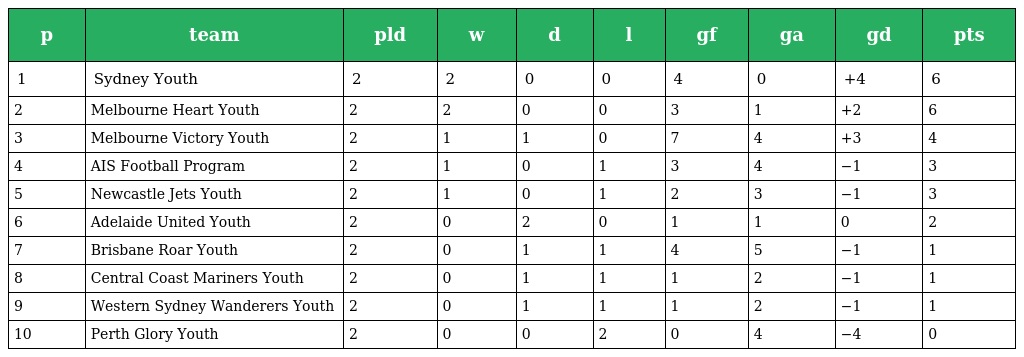
| p | team | pld | w | d | l | gf | ga | gd | pts |
 | --- | --- | --- | --- | --- | --- | --- | --- | --- | --- |
 | 1 | Sydney Youth | 2 | 2 | 0 | 0 | 4 | 0 | +4 | 6 |
 | 2 | Melbourne Heart Youth | 2 | 2 | 0 | 0 | 3 | 1 | +2 | 6 |
 | 3 | Melbourne Victory Youth | 2 | 1 | 1 | 0 | 7 | 4 | +3 | 4 |
 | 4 | AIS Football Program | 2 | 1 | 0 | 1 | 3 | 4 | −1 | 3 |
 | 5 | Newcastle Jets Youth | 2 | 1 | 0 | 1 | 2 | 3 | −1 | 3 |
 | 6 | Adelaide United Youth | 2 | 0 | 2 | 0 | 1 | 1 | 0 | 2 |
 | 7 | Brisbane Roar Youth | 2 | 0 | 1 | 1 | 4 | 5 | −1 | 1 |
 | 8 | Central Coast Mariners Youth | 2 | 0 | 1 | 1 | 1 | 2 | −1 | 1 |
 | 9 | Western Sydney Wanderers Youth | 2 | 0 | 1 | 1 | 1 | 2 | −1 | 1 |
 | 10 | Perth Glory Youth | 2 | 0 | 0 | 2 | 0 | 4 | −4 | 0 |